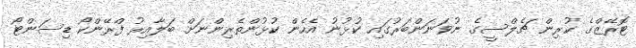
ޓޮރޭޒްގެ ކުރިން ޗެލްސީގެ ނުވަނަންބަރުގައި ކުޅުނު އެހެން ކުޅުންތެރިންނަށް ބަލާއިރު ފްރޭންކޯ ޑިސަންޓޯ